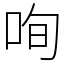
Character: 咰